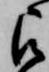
被